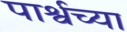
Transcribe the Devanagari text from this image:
पार्श्वच्या